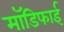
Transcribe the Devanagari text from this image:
मॉडिफाई